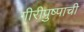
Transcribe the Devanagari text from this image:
गीरीपुष्पाची